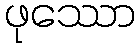
ဖုဿော